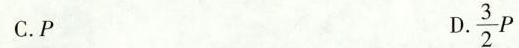
C.P D.\frac{3}{2}P